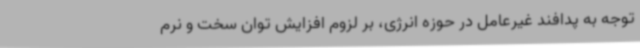
توجه به پدافند غیرعامل در حوزه انرژی، بر لزوم افزایش توان سخت و نرم